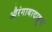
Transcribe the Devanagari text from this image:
औरंगाबादाहून